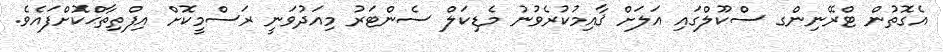
އެގޮތުން ޓްރޭނިންގ ސްކޫލްގައި އަލަށް ޤާއިމުކުރެވުނު މެޑިކަލް ސެންޓަރު މިއަދުވަނީ ރަސްމީކޮށް އިފްތިތާޙްކޮށްފައެވެ.